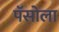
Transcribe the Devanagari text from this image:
पॅसोला